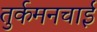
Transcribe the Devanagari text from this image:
तुर्कमनचाई